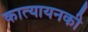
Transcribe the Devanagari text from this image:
कात्यायनकी